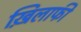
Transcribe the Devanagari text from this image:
ख़िलाफी